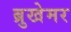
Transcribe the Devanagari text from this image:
ब्रुखेमर